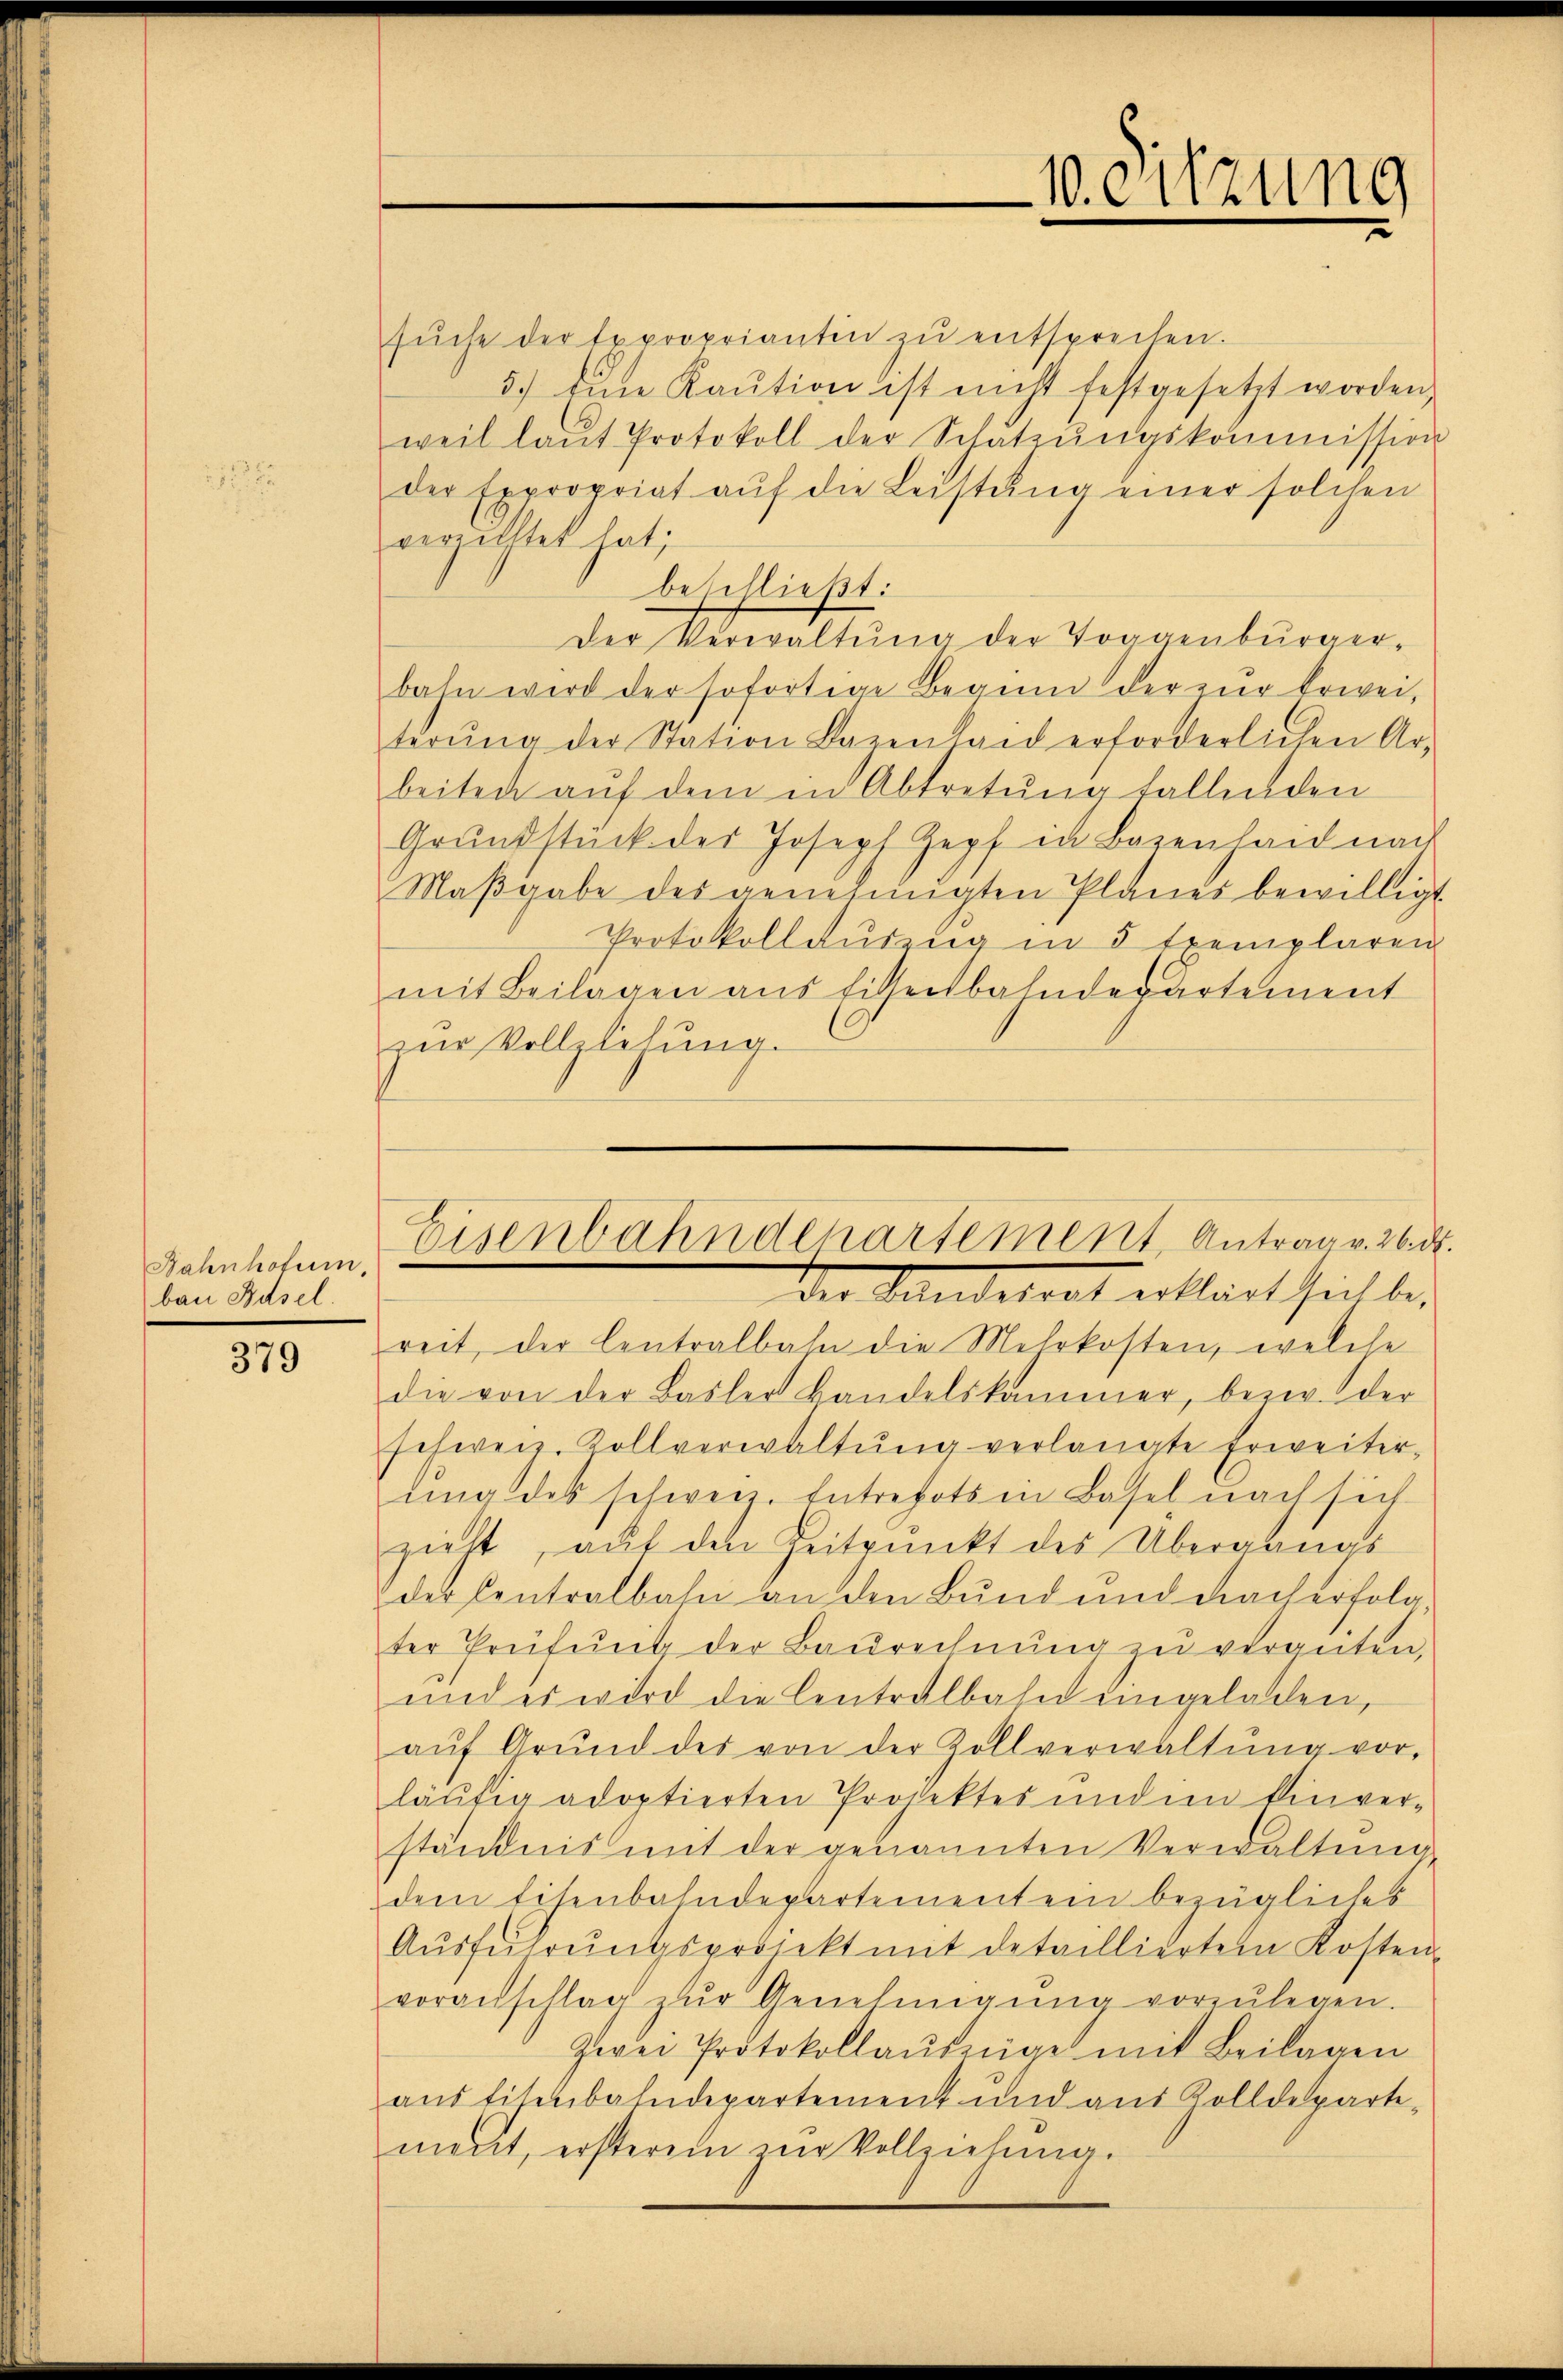
Bahnhofum,
ban Basel.

379

10. Sitzung

sŭche der Exproprianten zŭ entsprechen.
5.) Eine Kaution ist nicht festgesetzt worden,
weil laŭt Protokoll der Schatzŭngskommission
der Expropriat aŭf die Leistŭng einer solchen
verzichtet hat;
beschließt:
Der Verwaltung der Toggenburgerbahn wird der sofortige Begŭng der zur Erwei-
terŭng der Station Bazenhaid erforderlichen Ar-
beiten aŭf dem in Abtretŭng fallenden
Grŭndstück der Joseph Zopf in Bazenhaid nach
Maβgabe des genehmigten Planes bewilligt
Protokollauszug in 5 Exemplaren
mit Beilagen aus Eisenbahndepartement
zŭr Vollziehŭng.

Der Sandesrat erklärt heilte,
reit, der Centralbahn die Mehrkosten, welche
die von der Basler Handelskammer, bezw. der
schweiz. Kollverwaltŭng verlangte Erweiter-
ŭng des schweiz. Intrepots in Basel nach sich
zieht, auf den Zeitpunkt des Überanmas
der Centralbahn an den Bund und nach erfolg
ter Prüfŭng der Baŭrechnŭng zŭ vergeiten,
und es wird die Centralbahn eingeladen,
aŭf Grŭnd des von der Zollverwaltŭng vor-
läufig adoptierten Projektes und im Einver-
ständnis mit der genannten Verwaltung
dem Eisenbahndepartementen bezügliches
Aŭsführŭngsprojekt mit detaillierten Kosten-
voranschlag zŭr Genehmigŭng vorzŭlegen.
Zwei Protokollaŭseige mit Beilagen
aŭsfisenbahndepartement und aus Zolldeparte-
ment, ersteren zŭr Vollziehŭng.

Eisenbahndepartement Antrag v. 26. d.